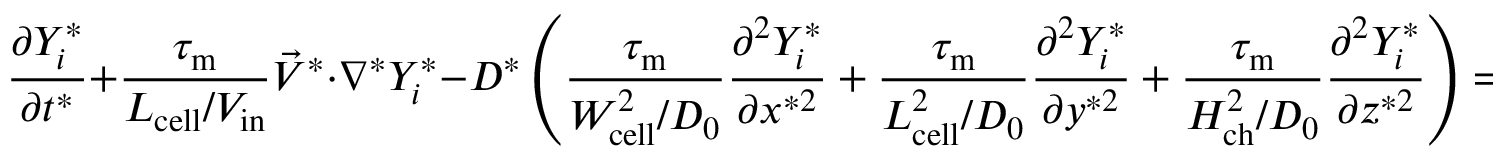
\frac { \partial Y _ { i } ^ { * } } { \partial t ^ { * } } + \boldsymbol { \frac { \tau _ { \mathrm { { m } } } } { L _ { \mathrm { { c e l l } } } / V _ { \mathrm { i n } } } } \vec { V } ^ { * } \cdot \nabla ^ { * } Y _ { i } ^ { * } - D ^ { * } \left( \boldsymbol { \frac { \tau _ { \mathrm { m } } } { W _ { \mathrm { { c e l l } } } ^ { 2 } / D _ { 0 } } } \frac { \partial ^ { 2 } Y _ { i } ^ { * } } { \partial x ^ { * 2 } } + \boldsymbol { \frac { \tau _ { \mathrm { m } } } { L _ { \mathrm { { c e l l } } } ^ { 2 } / D _ { 0 } } } \frac { \partial ^ { 2 } Y _ { i } ^ { * } } { \partial y ^ { * 2 } } + \boldsymbol { \frac { \tau _ { \mathrm { m } } } { H _ { \mathrm { { c h } } } ^ { 2 } / D _ { 0 } } } \frac { \partial ^ { 2 } Y _ { i } ^ { * } } { \partial z ^ { * 2 } } \right) = 0